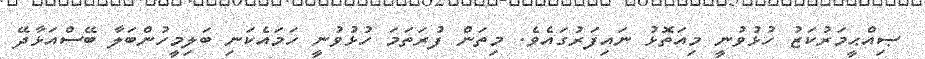
ޞިއްޙީމަރުކަޒު ހުޅުވުނީ މިއަތޮޅު ނައިފަރުގައެވެ. މިތަން ފުރަތަމަ ހުޅުވުނީ ހަމައެކަނި ބަލިމީހުންބަލާ ބޭސްއަޅާދޭ